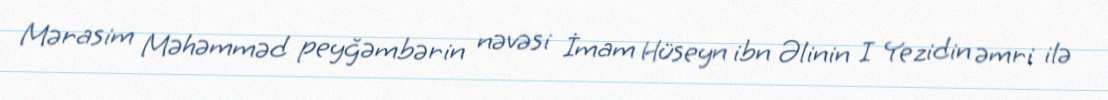
Mərasim Məhəmməd peyğəmbərin nəvəsi İmam Hüseyn ibn Əlinin I Yezidin əmri ilə